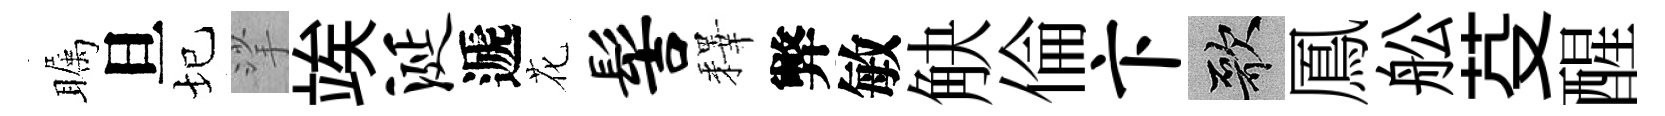
瞩旦圮挲竢涎遞花髻釋弊敏觖倫卞歌鳳舩芟醒